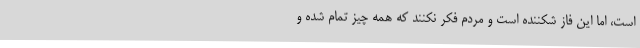
است، اما این فاز شکننده است و مردم فکر نکنند که همه چیز تمام شده و